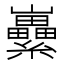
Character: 𡿜